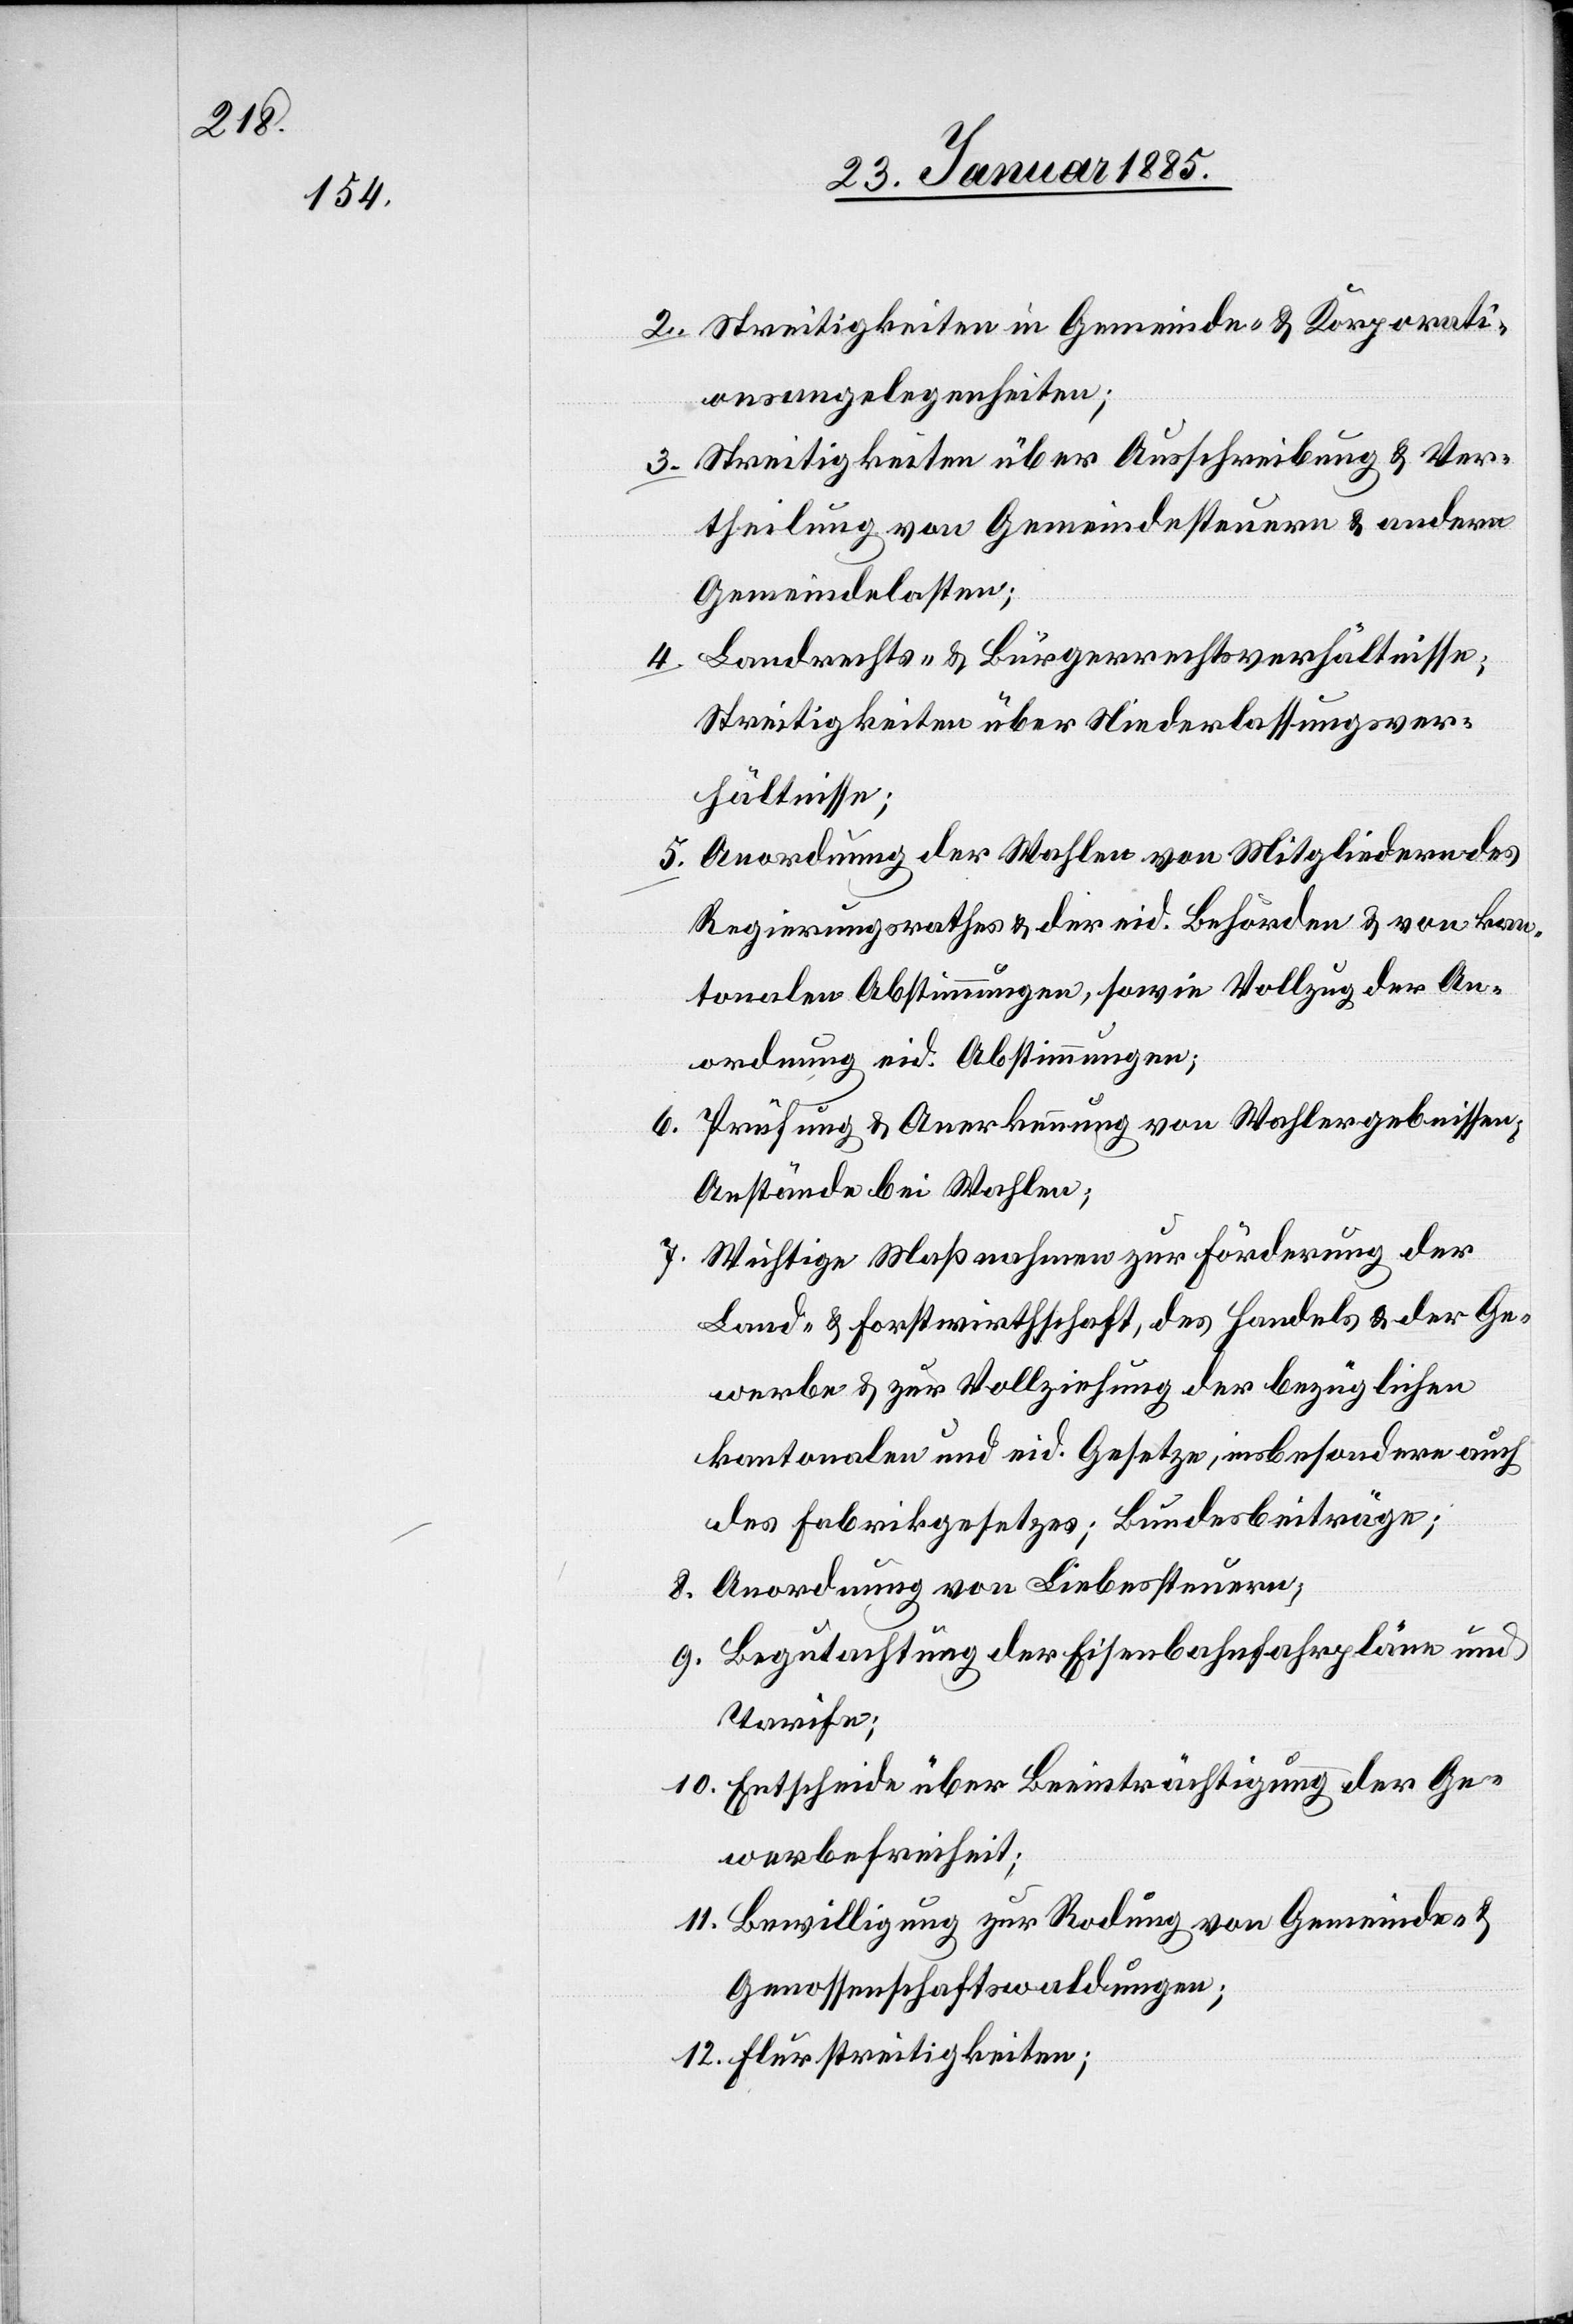
2. Streitigkeiten in Gemeinde- & Korporati¬
onsangelegenheiten;
3. Streitigkeiten über Ausschreibung & Ver¬
theilung von Gemeindesteuern & andern
Gemeindelasten;
Landrechts- & Bürgerrechtsverhältnisse;
4.
Streitigkeiten über Niederlassungsver¬
hältnisse;
5. Anordnung der Wahlen von Mitgliedern des
Regierungsrathes & der eid. Behörden & von kan¬
tonalen Abstimmungen, sowie in Vollzug der An¬
ordnung eid. Abstimmungen;
6. Prüfung & Anerkennung von Wahlergebnissen,
Anstände bei Wahlen;
7. Wichtige Maßnahmen zur Förderung der
Land- & Forstwirthschaft, des Handels & der Ge¬
werbe & zur Vollziehung der bezüglichen
kantonalen und eid. Gesetze, insbesondere auch
des Fabrikgesetzes; Bundesbeiträge;
8. Anordnung von Liebessteuern;
9. Begutachtung der Eisenbahnfahrpläne und
Tarife;
10. Entscheide über Beeinträchtigung der Ge¬
werbefreiheit;
11. Bewilligung zur Rodung von Gemeinde- &
Genossenschaftswaldungen;
12. Flurstreitigkeiten;